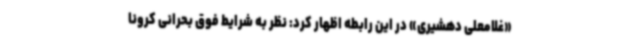
«غلامعلی دهشیری» در این رابطه اظهار کرد: نظر به شرایط فوق بحرانی کرونا